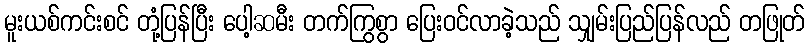
မူးယစ်ကင်းစင် တုံ့ပြန်ပြီး ပေါ့ဆမီး တက်ကြွစွာ ပြေးဝင်လာခဲ့သည် သျှမ်းပြည်ပြန်လည် တဖြုတ်